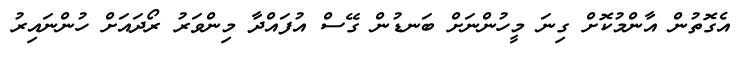
އެގޮތުން އާންމުކޮށް ގިނަ މީހުންނަށް ބަނޑުން ގޭސް އުފައްދާ މިންވަރު ރޯދައަށް ހުންނައިރު